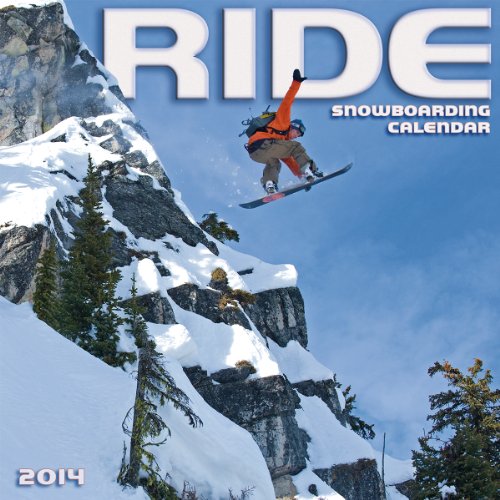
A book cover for RIDE: Snowboarding 2014 Wall (calendar); Sellers Publishing; Sports & Outdoors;